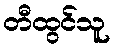
တီထွင်သူ